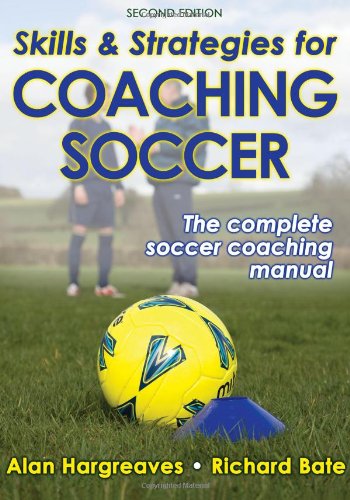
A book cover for Skills & Strategies for Coaching Soccer - 2nd Edition; Alan Hargreaves; Sports & Outdoors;